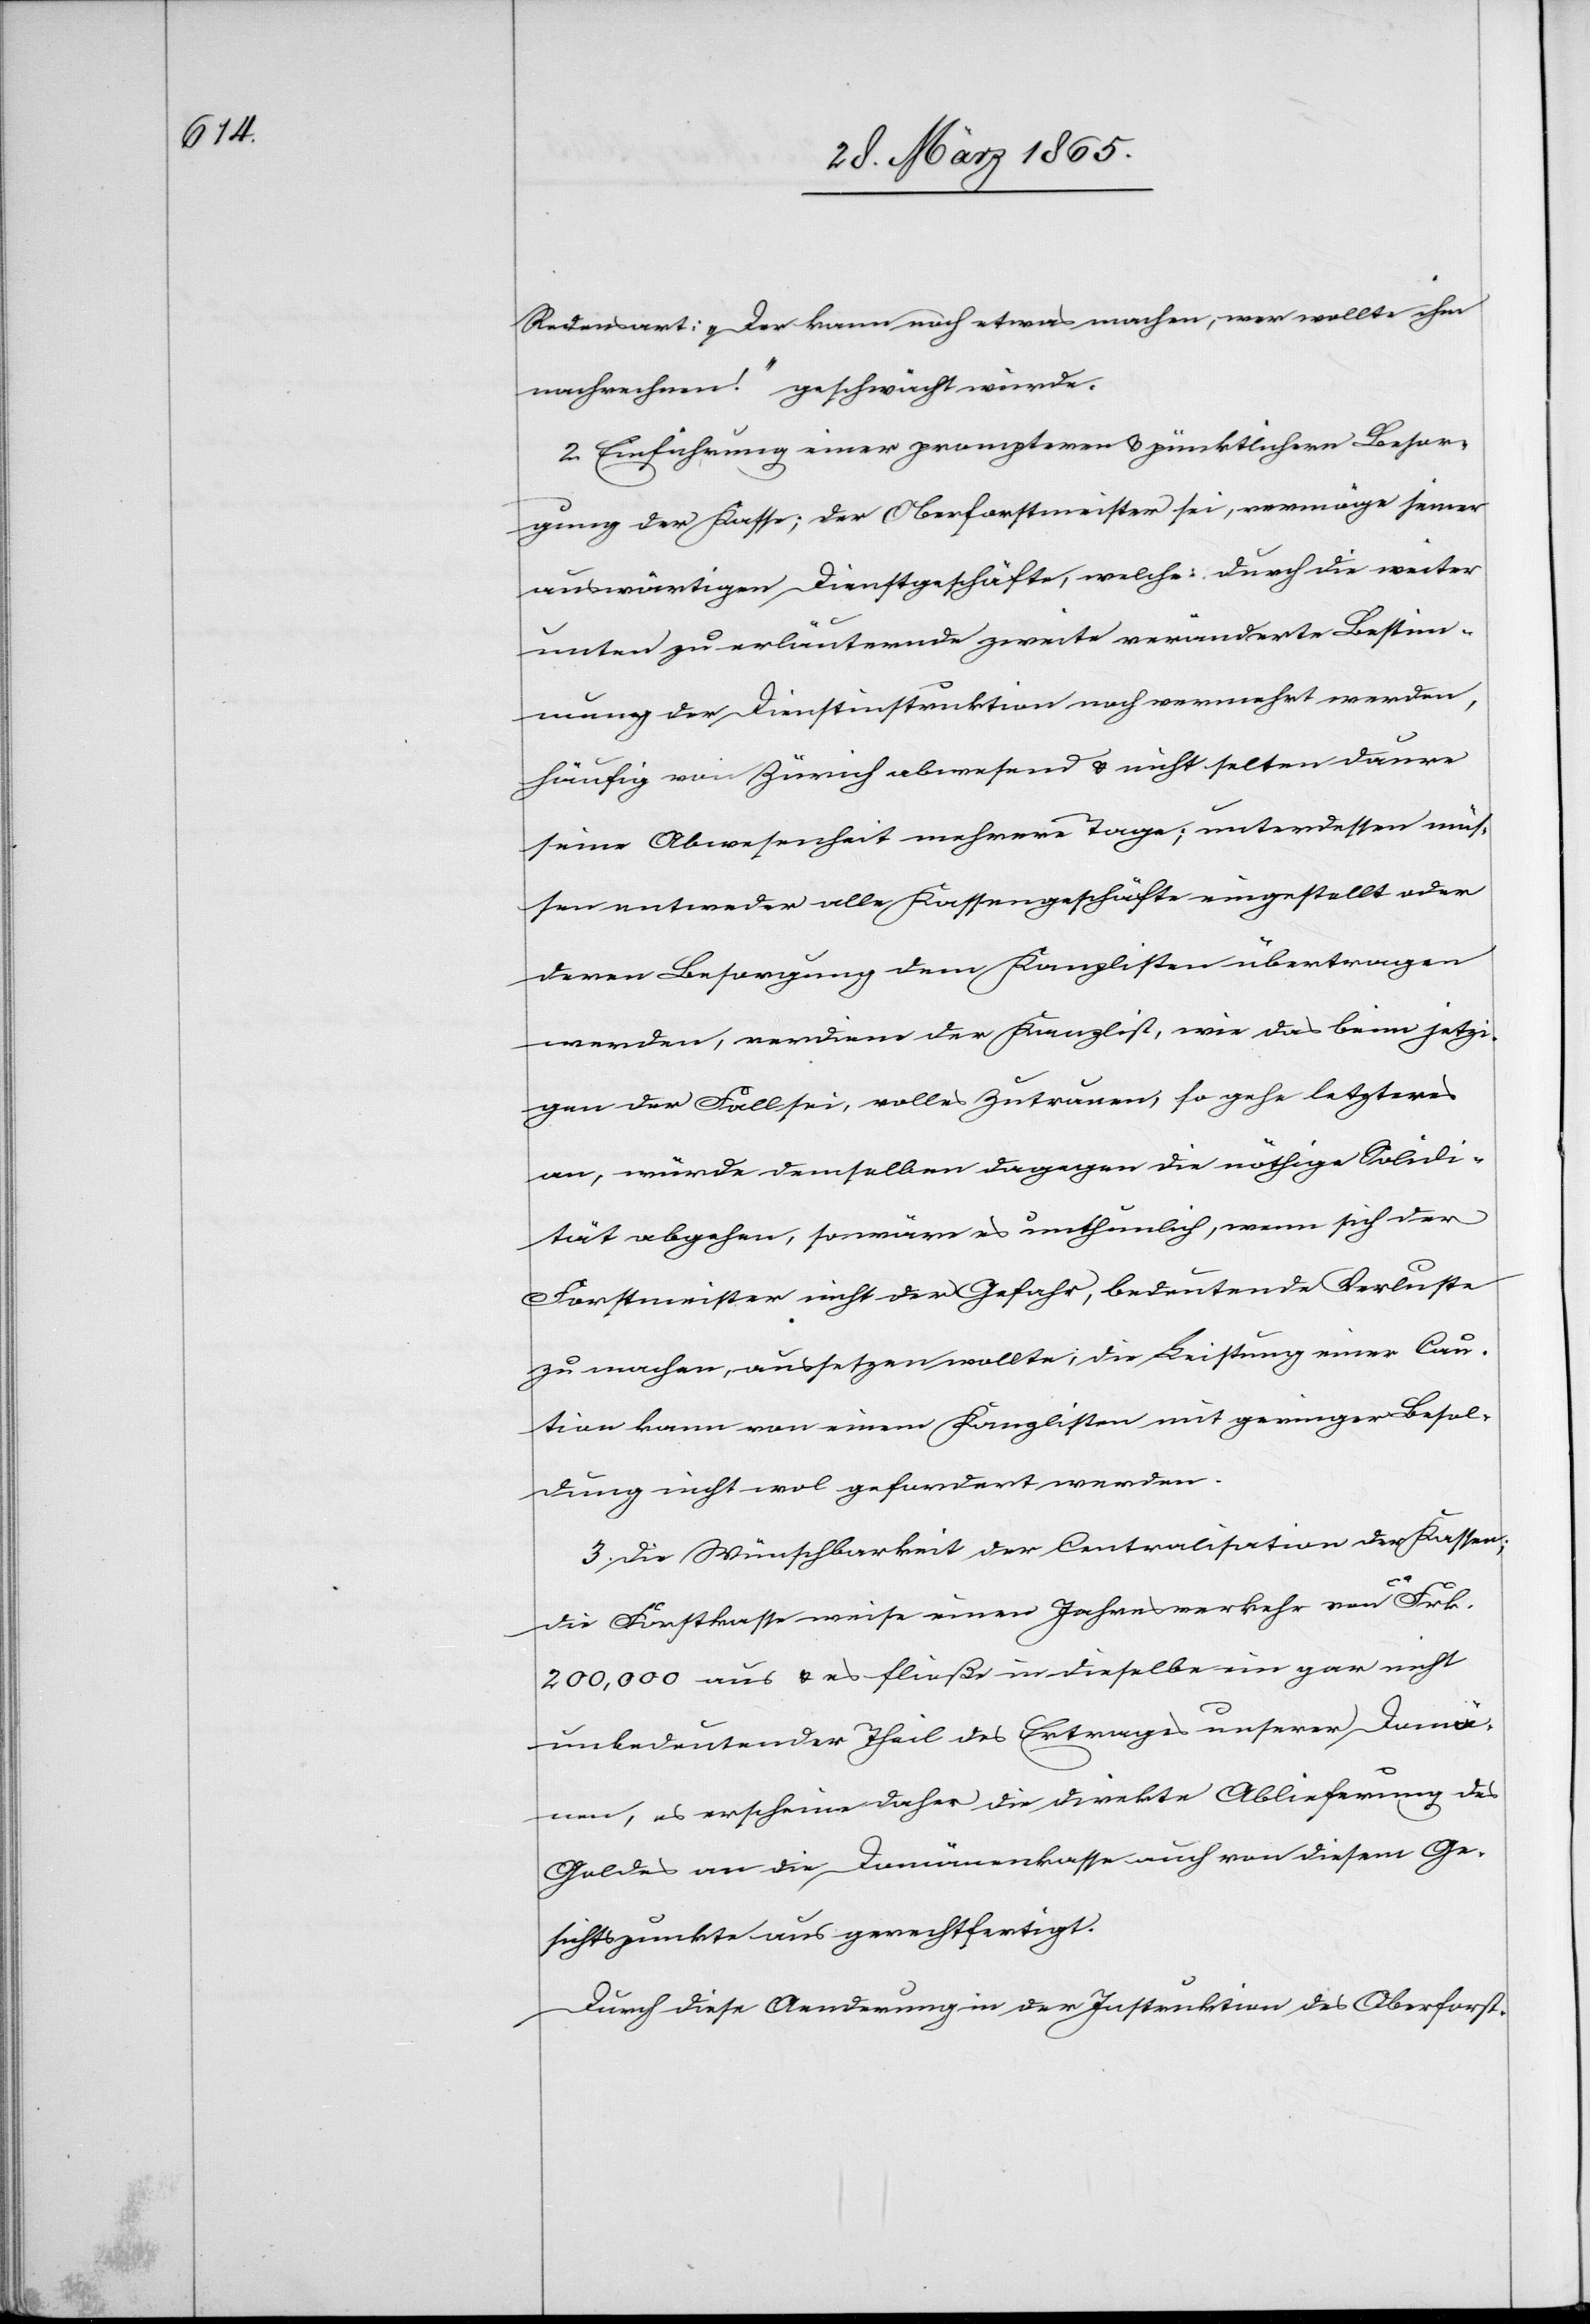
Redensart: „Der kann noch etwas machen, wer wollte ihm
nachrechnen.“ geschwächt würde.
2. Einführung einer prompteren & pünktlichern Besor¬
gung der Kasse; der Oberforstmeister sei, vermöge seiner
auswärtigen Dienstgeschäfte, welche durch die weiter
unten zu erläuternde zweite veränderte Bestim¬
mung der Dienstinstruktion noch vermehrt werden,
häufig von Zürich abwesend & nicht selten daure
seine Abwesenheit mehrere Tage; unterdessen müs¬
sen entweder alle Kassengeschäfte eingestellt oder
deren Besorgung dem Kanzlisten übertragen
werden, verdiene der Kanzlist, wie das beim jetzi¬
gen der Fall sei, volles Zutrauen, so gehe letzteres
an, würde demselben dagegen die nöthige Solidi¬
tät abgehen, so wäre es unthunlich, wenn sich der
Forstmeister nicht der Gefahr, bedeutende Verluste
zu machen, aussetzen wollte; die Leistung einer Cau¬
tion kann von einem Kanzlisten mit geringer Besol¬
dung nicht wol gefordert werden.
3. Die Wünschbarkeit der Centralisation der Kassen;
die Forstkasse weise einen Jahresverkehr von ca
2000,000 aus & es fließe in dieselbe ein gar nicht
unbedeutender Theil des Ertrages unserer Domä¬
nen, es erscheine daher die direkte Ablieferung des
Geldes an die Domänenkasse auch von diesem Ge¬
sichtspunkte aus gerechtfertigt.
Durch diese Aenderung in der Instruktion des Oberforst-